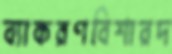
ব্যাকরণবিশারদ